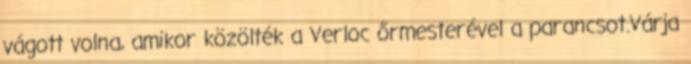
vágott volna, amikor közölték a Verloc őrmesterével a parancsot.Várja